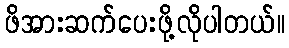
ဖိအားဆက်ပေးဖို့လိုပါတယ်။